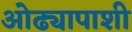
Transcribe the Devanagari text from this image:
ओढ्यापाशी